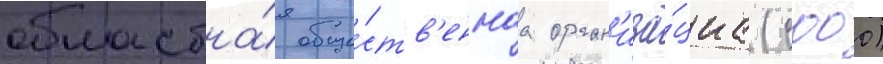
областна́я обще́ств'еннаа орган'иза́циа (сооо)